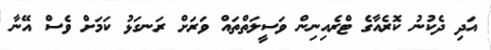
އަދި ދެކުނު ކޮރެއާގެ ޓްރެއިނިން ވަސީލަތްތައް ވަރަށް ރަނގަޅު ކަމަށް ވެސް އޭނާ